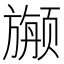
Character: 𱂷